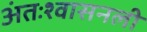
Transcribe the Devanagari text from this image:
अंतःश्वासनली